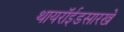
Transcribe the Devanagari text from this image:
थायरॉईडसारखे